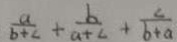
\frac { a } { b + c } + \frac { b } { a + c } + \frac { c } { b + a }